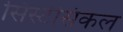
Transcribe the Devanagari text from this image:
सिस्टीसंकल